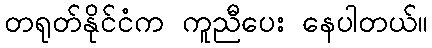
တရုတ်နိုင်ငံက ကူညီပေး နေပါတယ်။